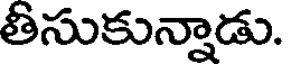
తీసుకున్నాడు.